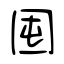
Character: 囤